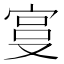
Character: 𫳓